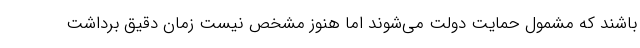
باشند که مشمول حمایت دولت می‌شوند اما هنوز مشخص نیست زمان دقیق برداشت